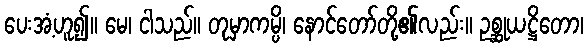
ပေးအံ့ဟူ၍။ မေ၊ ငါသည်။ တုမှာကမ္ပိ၊ နောင်တော်တို့၏လည်း။ ဥစ္ဆုယဋ္ဌိတော၊